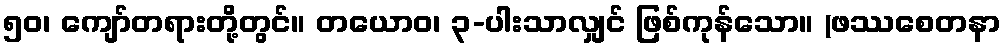
၅၀၊ ကျော်တရားတို့တွင်။ တယောဝ၊ ၃-ပါးသာလျှင် ဖြစ်ကုန်သော။ (ဖဿစေတနာ